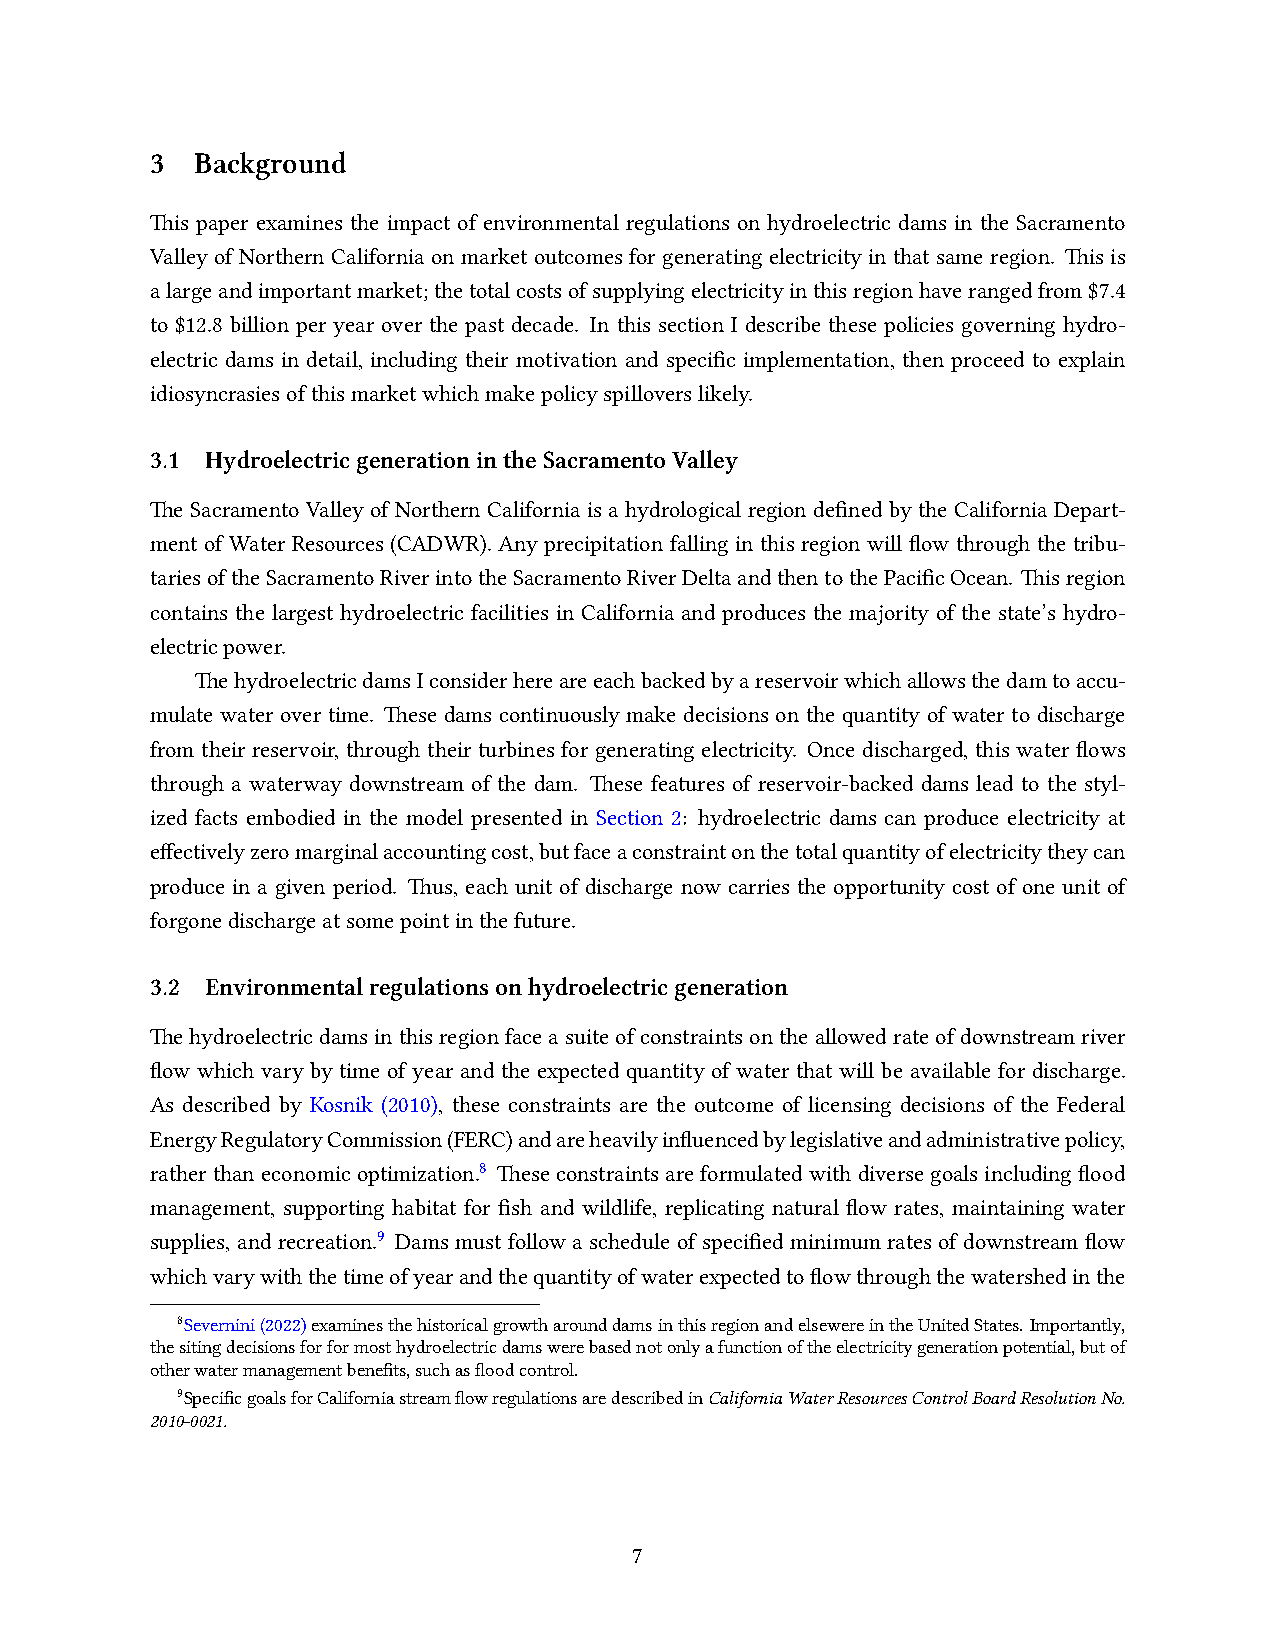
3  Background
 This paper examines the impact of environmental regulations on hydroelectric dams in the Sacramento
 Valley of Northern California on market outcomes for generating electricity in that same region. This is
 alargeandimportantmarket;thetotalcostsofsupplyingelectricityinthisregionhaverangedfrom$7.4
 to $12.8 billion per year over the past decade. In this section I describe these policies governing hydro-
 electric dams in detail, including their motivation and specific implementation, then proceed to explain
 idiosyncrasiesofthismarketwhichmakepolicyspilloverslikely.
 3.1 HydroelectricgenerationintheSacramentoValley
 The Sacramento Valley of Northern California is a hydrological region defined by the California Depart-
 ment of Water Resources (CADWR). Any precipitation falling in this region will flow through the tribu-
 tariesoftheSacramentoRiverintotheSacramentoRiverDeltaandthentothePacificOcean. Thisregion
 contains the largest hydroelectric facilities in California and produces the majority of the state’s hydro-
 electricpower.
 ThehydroelectricdamsIconsiderhereareeachbackedbyareservoirwhichallowsthedamtoaccu-
 mulate water over time. These dams continuously make decisions on the quantity of water to discharge
 from their reservoir, through their turbines for generating electricity. Once discharged, this water flows
 through a waterway downstream of the dam. These features of reservoir-backed dams lead to the styl-
 ized facts embodied in the model presented in Section 2: hydroelectric dams can produce electricity at
 effectivelyzeromarginalaccountingcost,butfaceaconstraintonthetotalquantityofelectricitytheycan
 produce in a given period. Thus, each unit of discharge now carries the opportunity cost of one unit of
 forgonedischargeatsomepointinthefuture.
 3.2 Environmentalregulationsonhydroelectricgeneration
 Thehydroelectricdamsinthisregionfaceasuiteofconstraintsontheallowedrateofdownstreamriver
 flow which vary by time of year and the expected quantity of water that will be available for discharge.
 As described by Kosnik (2010), these constraints are the outcome of licensing decisions of the Federal
 EnergyRegulatoryCommission(FERC)andareheavilyinfluencedbylegislativeandadministrativepolicy,
 ratherthaneconomicoptimization.8 Theseconstraintsareformulatedwithdiversegoalsincludingflood
 management, supporting habitat for fish and wildlife, replicating natural flow rates, maintaining water
 supplies, and recreation.9 Dams must follow a schedule of specified minimum rates of downstream flow
 whichvarywiththetimeofyearandthequantityofwaterexpectedtoflowthroughthewatershedinthe
 8Severnini(2022)examinesthehistoricalgrowtharounddamsinthisregionandelsewereintheUnitedStates. Importantly,
 thesitingdecisionsforformosthydroelectricdamswerebasednotonlyafunctionoftheelectricitygenerationpotential,butof
 otherwatermanagementbenefits,suchasfloodcontrol.
 9SpecificgoalsforCaliforniastreamflowregulationsaredescribedinCaliforniaWaterResourcesControlBoardResolutionNo.
 2010-0021.
 7